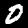
Label: 0